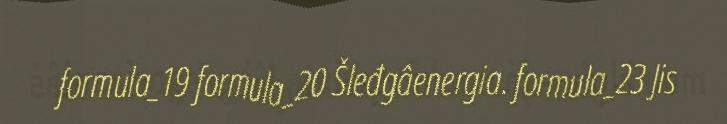
formula_19 formula_20 Šleđgâenergia. formula_23 Jis